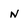
Character: n